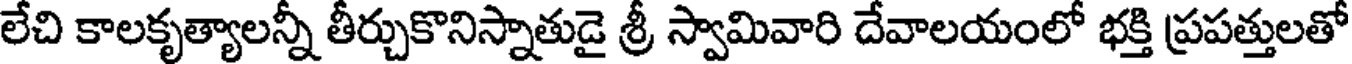
లేచి కాలకృత్యాలన్నీ తీర్చుకొనిస్నాతుడై శ్రీ స్వామివారి దేవాలయంలో భక్తి ప్రపత్తులతో